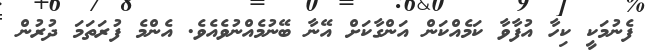
ފެނުމަކީ ކިހާ އުފާވާ ކަމެއްކަން އަންގާކަށް އޭނާ ބޭނުމެއްނުވެއެވެ. އެންމެ ފުރަތަމަ ދުރުން